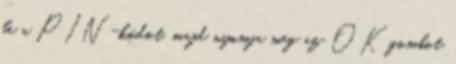
be a PIN-kódot, majd nyomja meg az OK gombot